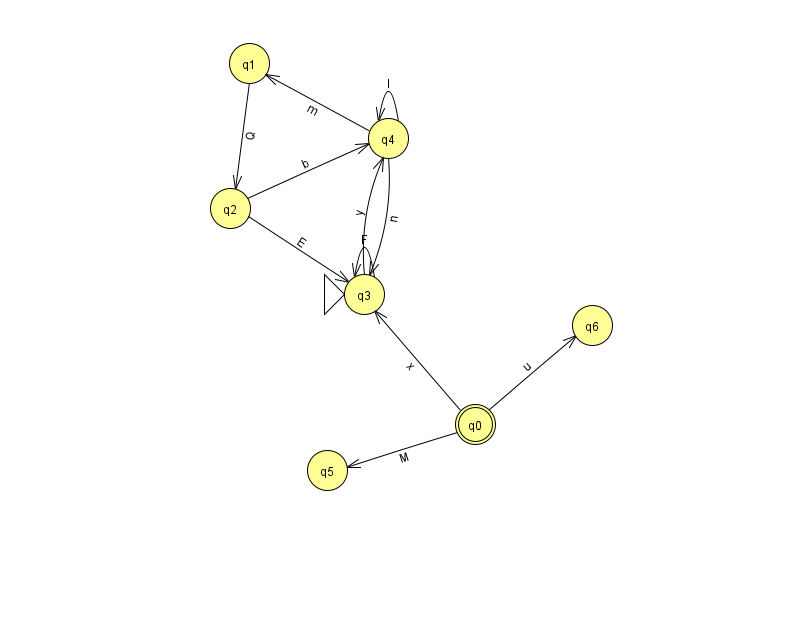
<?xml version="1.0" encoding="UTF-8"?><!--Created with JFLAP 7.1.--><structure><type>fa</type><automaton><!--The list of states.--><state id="0" name="q0"><x>475.0</x><y>411.0</y><final/></state><state id="1" name="q1"><x>249.0</x><y>50.0</y></state><state id="2" name="q2"><x>230.0</x><y>195.0</y></state><state id="3" name="q3"><x>364.0</x><y>281.0</y><initial/></state><state id="4" name="q4"><x>388.0</x><y>125.0</y></state><state id="5" name="q5"><x>327.0</x><y>457.0</y></state><state id="6" name="q6"><x>592.0</x><y>312.0</y></state><!--The list of transitions.--><transition><from>4</from><to>3</to><read>n</read></transition><transition><from>2</from><to>3</to><read>E</read></transition><transition><from>0</from><to>3</to><read>x</read></transition><transition><from>3</from><to>4</to><read>y</read></transition><transition><from>3</from><to>3</to><read>F</read></transition><transition><from>2</from><to>4</to><read>b</read></transition><transition><from>4</from><to>4</to><read>I</read></transition><transition><from>0</from><to>6</to><read>u</read></transition><transition><from>1</from><to>2</to><read>Q</read></transition><transition><from>4</from><to>1</to><read>m</read></transition><transition><from>0</from><to>5</to><read>M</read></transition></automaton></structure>